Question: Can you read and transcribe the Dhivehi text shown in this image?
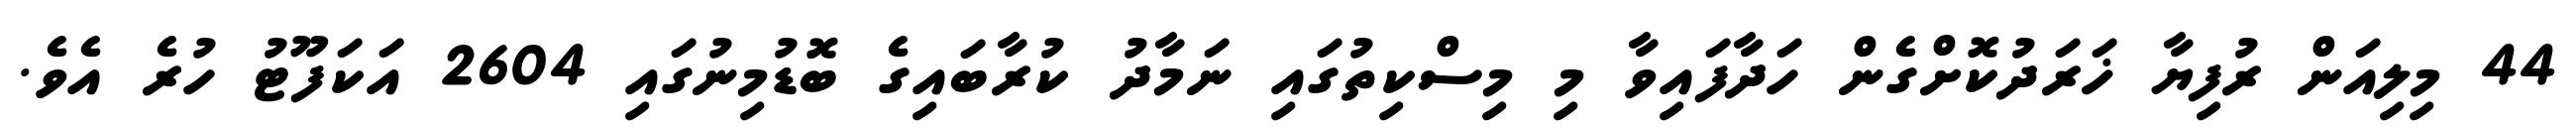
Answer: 44 މިލިއަން ރުފިޔާ ޚަރަދުކޮށްގެން ހަދާފައިވާ މި މިސްކިތުގައި ނަމާދު ކުރާބައިގެ ބޮޑުމިނުގައި 2604 އަކަފޫޓު ހުރެ އެވެ.